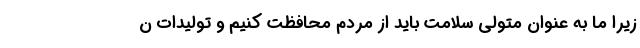
زیرا ما به عنوان متولی سلامت باید از مردم محافظت کنیم و تولیدات ن